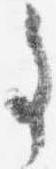
事